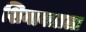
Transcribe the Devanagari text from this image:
शिनावत्राला